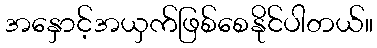
အနှောင့်အယှက်ဖြစ်စေနိုင်ပါတယ်။